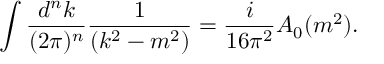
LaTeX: \int \frac { d ^ { n } k } { ( 2 \pi ) ^ { n } } \frac { 1 } { ( k ^ { 2 } - m ^ { 2 } ) } = \frac { i } { 1 6 \pi ^ { 2 } } A _ { 0 } ( m ^ { 2 } ) .